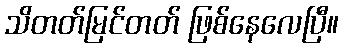
သိတတ်မြင်တတ် ဖြစ်နေလေပြီ။